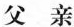
父亲